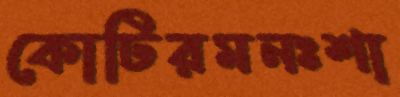
কোটিরমনঃশা